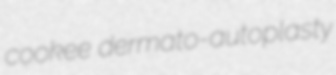
cookee dermato-autoplasty